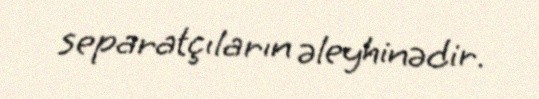
separatçıların əleyhinədir.